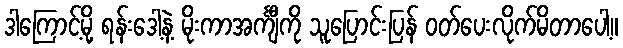
ဒါကြောင့်မို့ ရန်းဒေါ့နဲ့ မိုးကာအင်္ကျီကို သူပြောင်းပြန် ဝတ်ပေးလိုက်မိတာပေါ့။